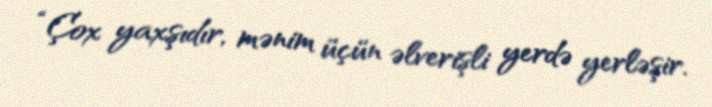
“Çox yaxşıdır, mənim üçün əlverişli yerdə yerləşir.